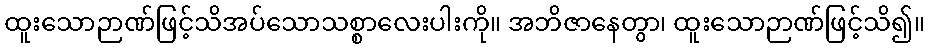
ထူးသောဉာဏ်ဖြင့်သိအပ်သောသစ္စာလေးပါးကို။ အဘိဇာနေတွာ၊ ထူးသောဉာဏ်ဖြင့်သိ၍။